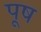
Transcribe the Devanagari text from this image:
पूष